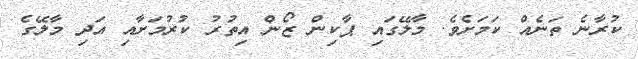
ކުރާނެ ތަނެއް ކަމަށެވެ. މާލޭގައި ޕާކިން ޒޯން އިތުރު ކުރުމަށާއި އަދި މާލޭގެ